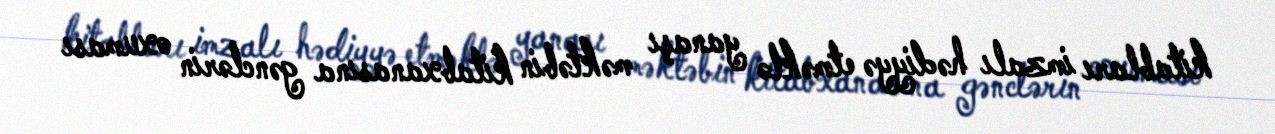
kitabları imzalı hədiyyə etməklə yanaşı məktəbin kitabxanasına gənclərin oxuması